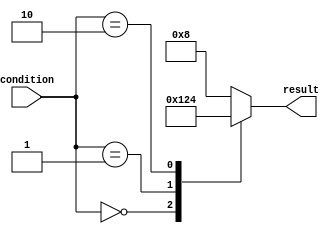
module x_based_case_statement (
    input wire [1:0] condition,
    output reg [3:0] result
);

always @ (*)
begin
    case (condition)
        2'b00: result = 4'b0001; // If condition is 00, set result to 0001
        2'b01: result = 4'b0010; // If condition is 01, set result to 0010
        2'b10: result = 4'b0100; // If condition is 10, set result to 0100
        default: result = 4'b1000; // Default case, set result to 1000
    endcase
end

endmodule